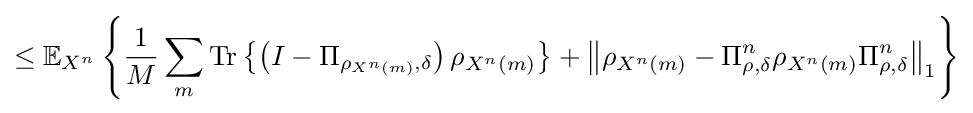
\leq \mathbb {E} _{X^{n}}\left\{{\frac {1}{M}}\sum _{m}{\text{Tr}}\left\{\left(I-\Pi _{\rho _{X^{n}\left(m\right)},\delta }\right)\rho _{X^{n}\left(m\right)}\right\}+\left\Vert \rho _{X^{n}\left(m\right)}-\Pi _{\rho ,\delta }^{n}\rho _{X^{n}\left(m\right)}\Pi _{\rho ,\delta }^{n}\right\Vert _{1}\right\}